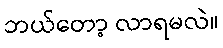
ဘယ်တော့ လာရမလဲ။